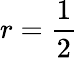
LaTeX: r={\frac{1}{2}}